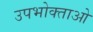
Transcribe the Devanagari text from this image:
उपभोक्‍ताओ